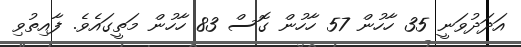
އަދަދުވަނީ 35 ހާހުން 57 ހާހުން ގޮސް 83 ހާހުން މަތީގައެވެ. ފާއިތުވި